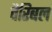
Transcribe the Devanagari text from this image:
वैरिबल